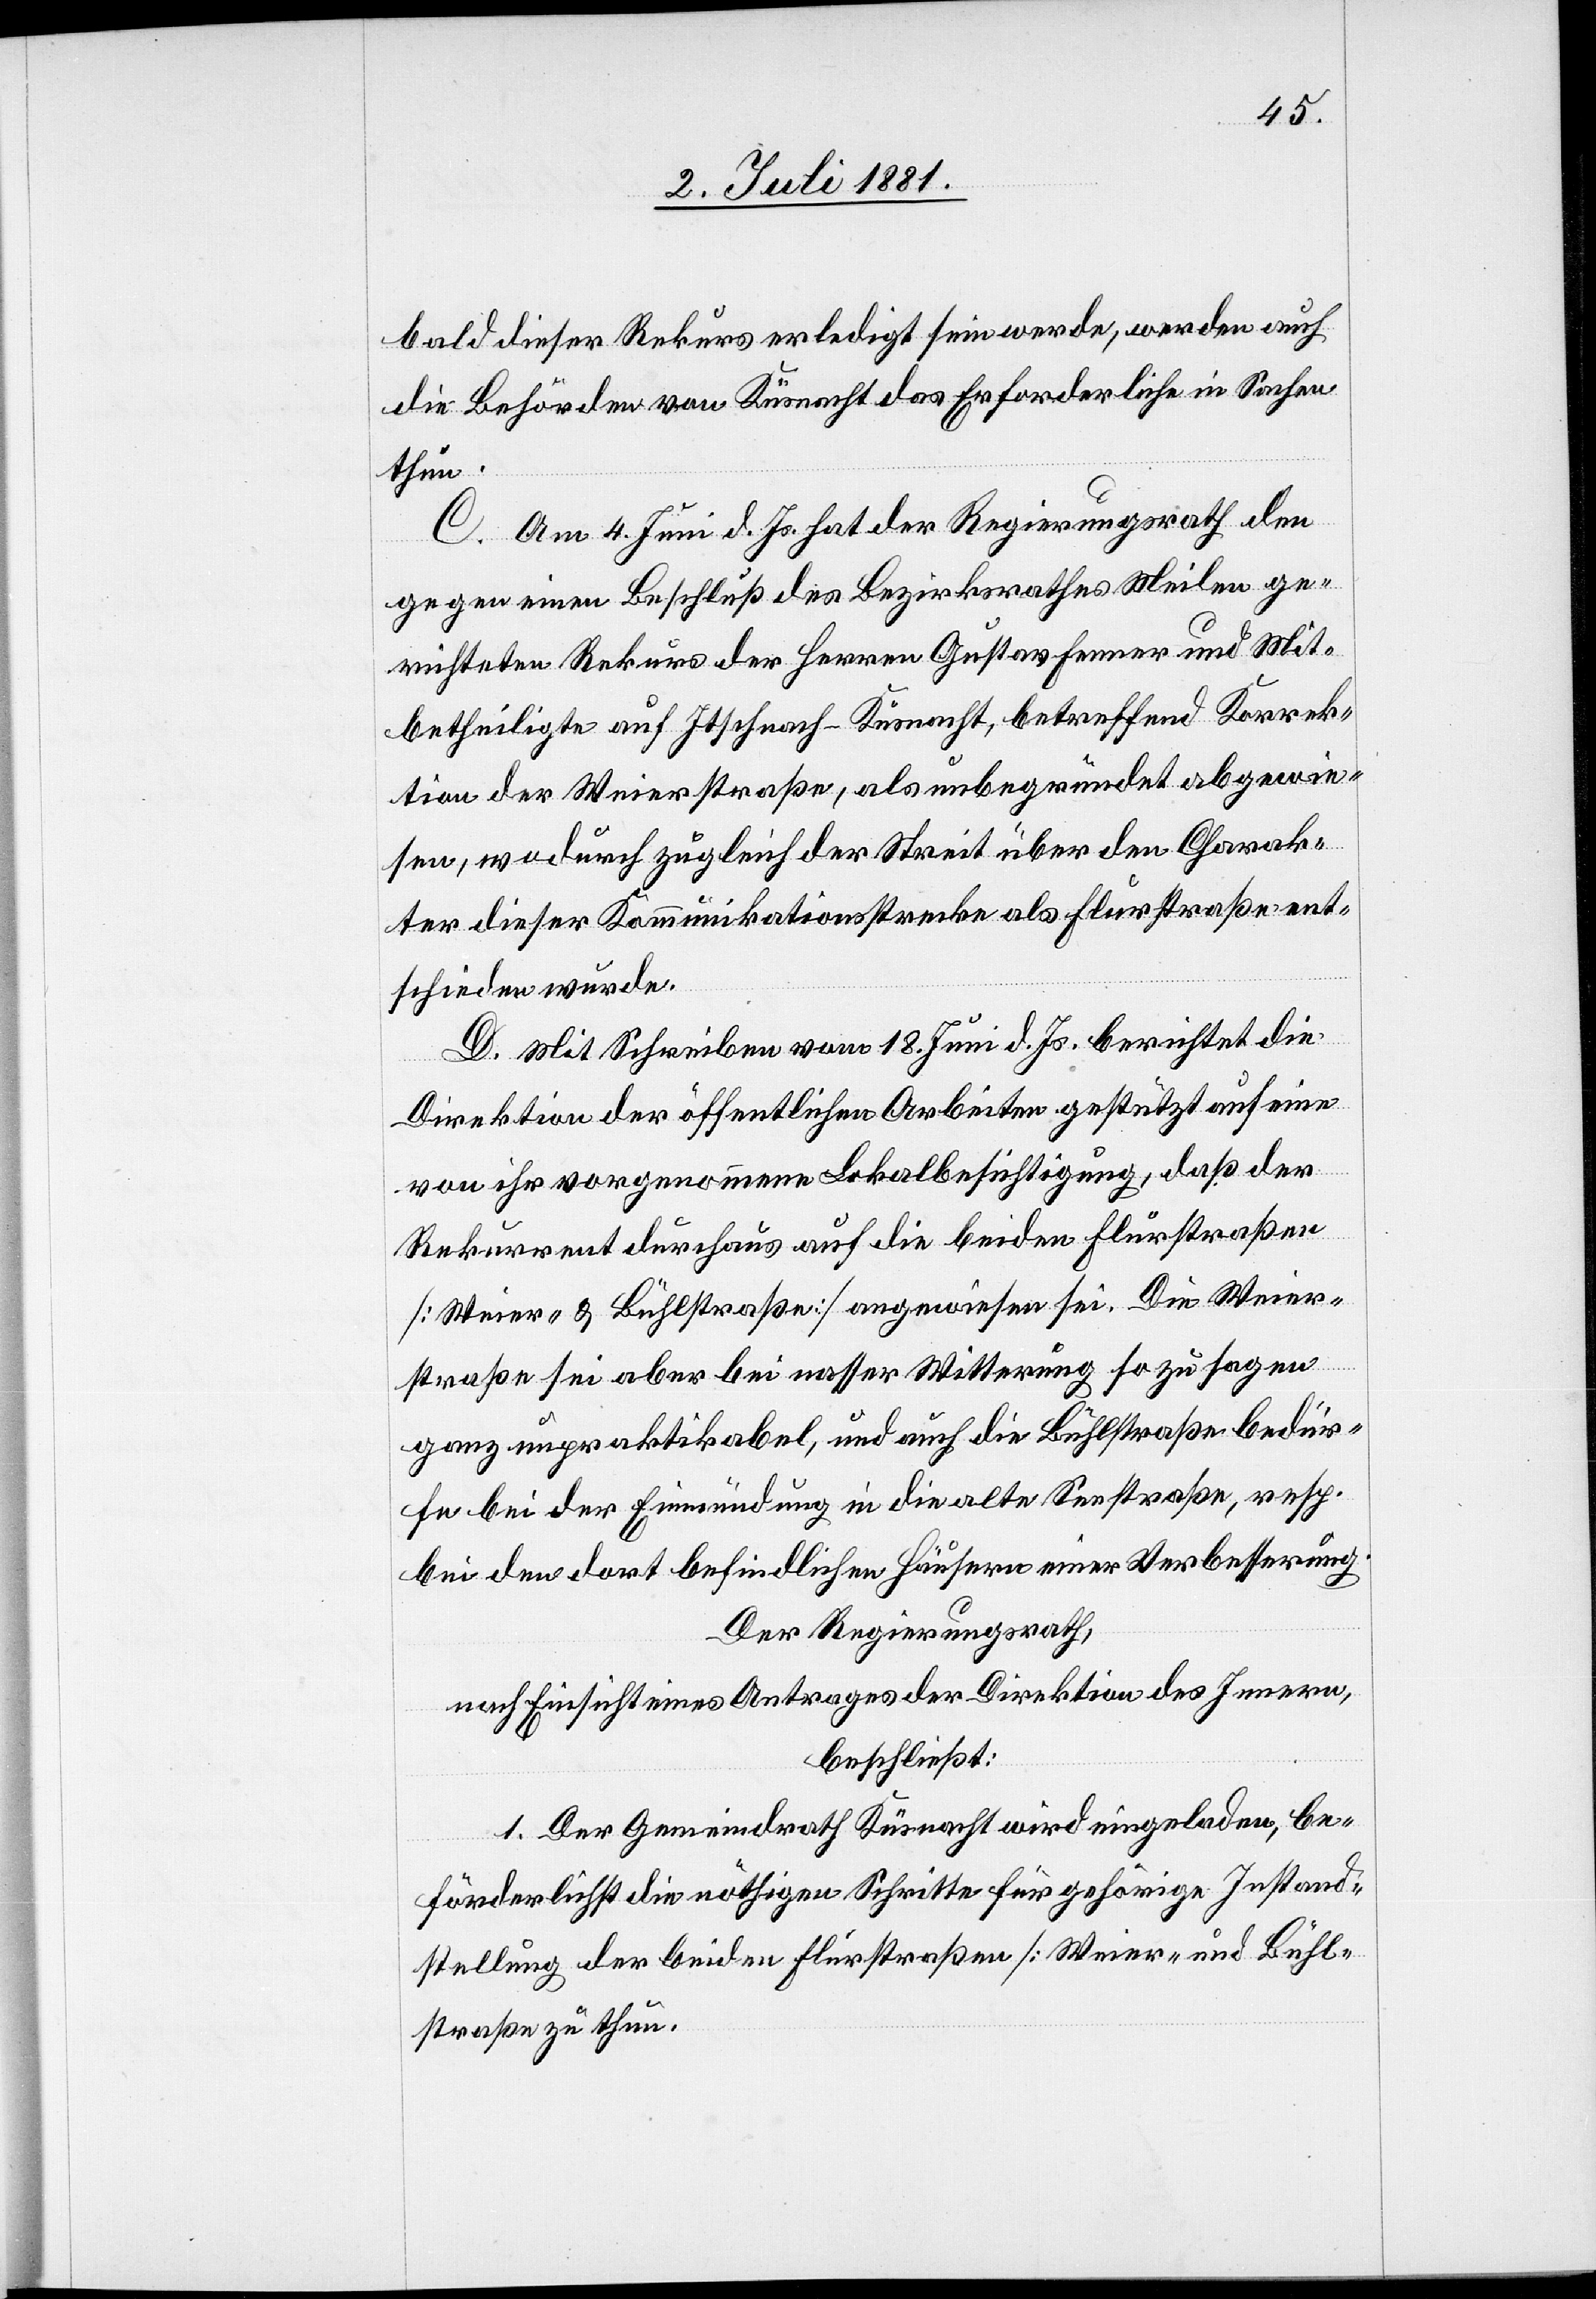
bald dieser Rekurs erledigt sein werde, werden auch
die Behörden von Küsnacht das Erforderliche in Sachen
thun.
C. Am 4. Juni d. Js. hat der Regierungsrath den
gegen einen Beschluß des Bezirksrathes Meilen ge¬
richteten Rekurs der Herren Gustav Fenner und Mit¬
betheiligte auf Itschnach - Küsnacht, betreffend Korrek¬
tion der Weierstraße, als unbegründet abgewie¬
sen, wodurch zugleich der Streit über den Charak¬
ter dieser Kommunikationsstrecke als Flurstraße ent¬
schieden wurde.
D. Mit Schreiben vom 18. Juni d. Js. berichtet die
Direktion der öffentlichen Arbeiten gestützt auf eine
von ihr vorgenommene Lokalbesichtigung, daß der
Rekurrent durchaus auf die beiden Flurstraßen
[Weier- & Bühlstraße] angewiesen sei. Die Weier¬
straße sei aber bei nasser Witterung sozusagen
ganz unpraktikabel, und auch die Bühlstraße bedür¬
fe bei der Einmündung in die alte Seestraße, resp.
bei den dort befindlichen Häusern einer Verbesserung.
Der Regierungsrath,
nach Einsicht eines Antrages der Direktion des Innern,
beschließt.
1. Der Gemeindrath Küsnacht wird eingeladen, be¬
förderlichst die nöthigen Schritte für gehörige Instand¬
stellung der beiden Flurstraßen [Weier- und Bühl¬
straße[]] zu thun.